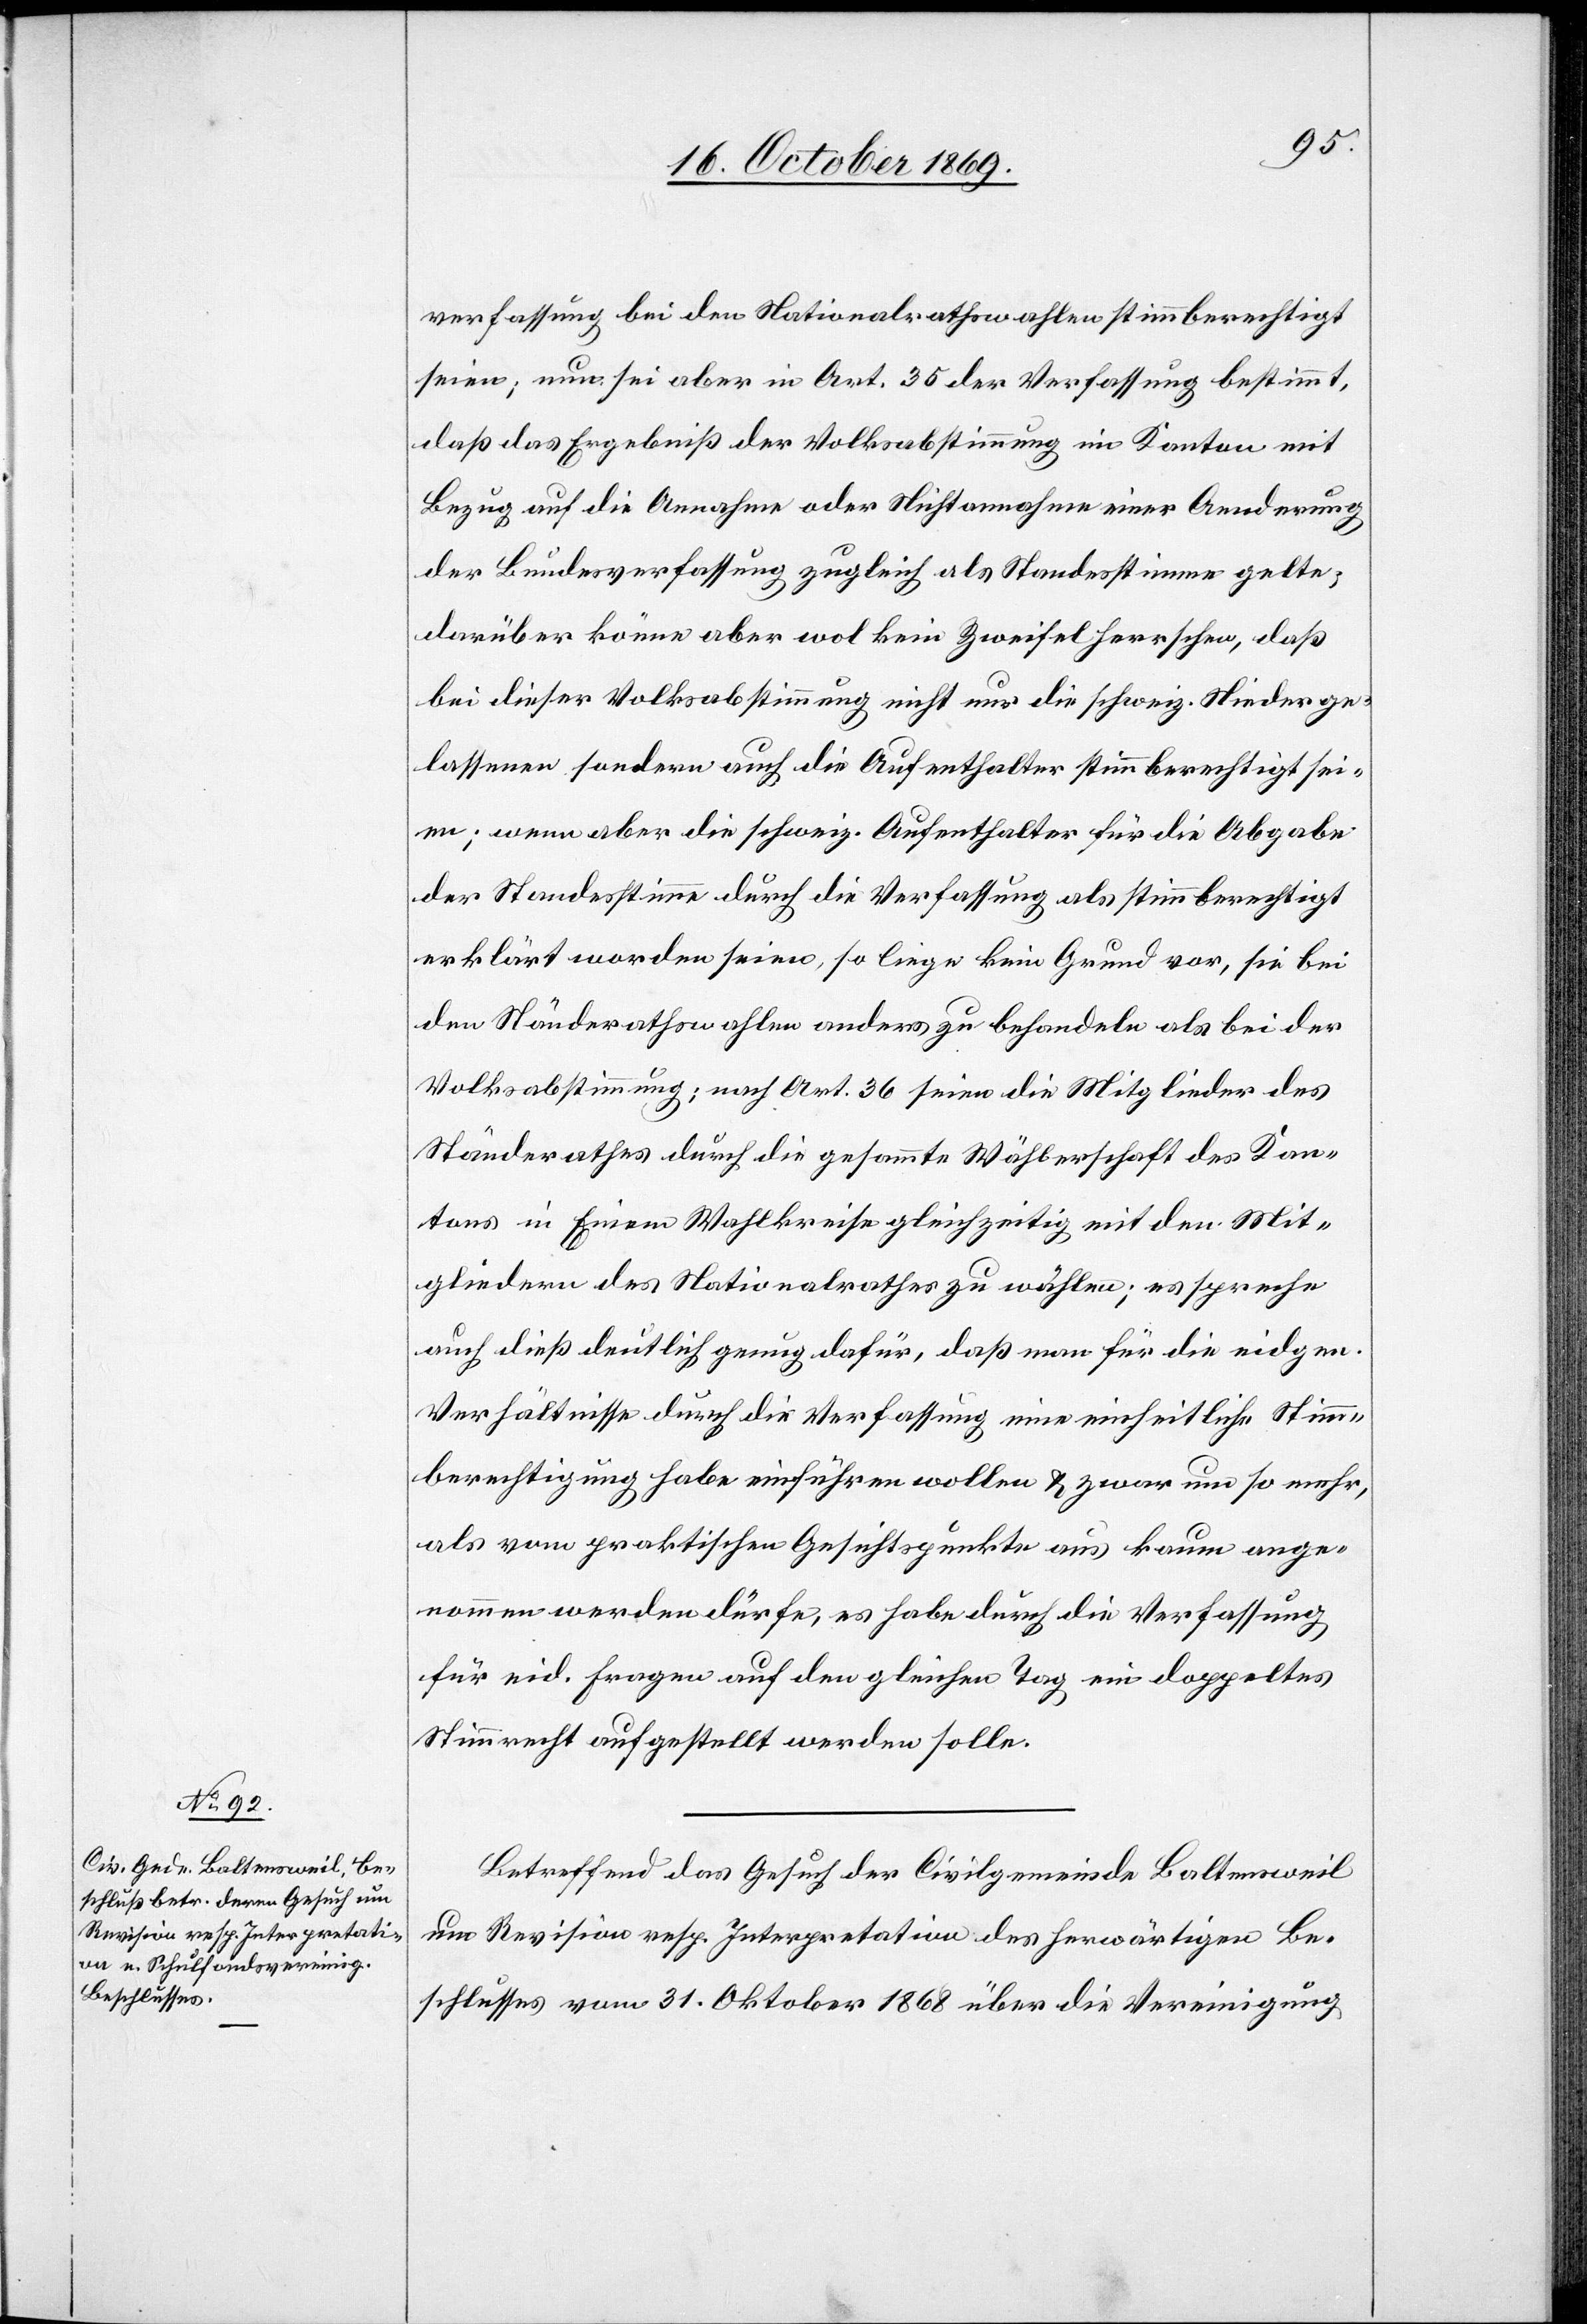
verfassung bei den Nationalrathswahlen stimmberechtigt
seien; nun sei aber in Art. 35 der Verfassung bestimmt,
daß das Ergebniß der Volksabstimmung im Kanton mit
Bezug auf die Annahme oder Nichtannahme einer Aenderung
der Bundesverfassung zugleich als Standesstimme gelte;
darüber könne aber wol kein Zweifel herrschen, daß
bei dieser Volksabstimmung nicht nur die schweiz. Niederge¬
lassenen sondern auch die Aufenthalter stimmberechtigt sei¬
en; wenn aber die schweiz. Aufenthalter für die Abgabe
der Standesstimme durch die Verfassung als stimmberechtigt
erklärt worden seien, so liege kein Grund vor, sie bei
den Ständerathswahlen anders zu behandeln als bei der
Volksabstimmung; nach Art. 36 seien die Mitglieder des
Ständerathes durch die gesammte Wählerschaft des Kan¬
tons in Einem Wahlkreise gleichzeitig mit den Mit¬
gliedern des Nationalrathes zu wählen; es spreche
auch dieß deutlich genug dafür, daß man für die eidgen.
Verhältnisse durch die Verfassung eine einheitliche Stimm¬
berechtigung habe einführen wollen & zwar um so mehr,
als vom praktischen Gesichtspunkte aus kaum ange¬
nommen werden dürfe, es habe durch die Verfassung
für eid. Fragen auf den gleichen Tag ein doppeltes
Stimmrecht aufgestellt werden solle[n].
Betreffend das Gesuch der Civilgemeinde Baltensweil
um Revision resp. Interpretation des herwärtigen Be¬
schlusses vom 31. Oktober 1868 über die Vereinigung